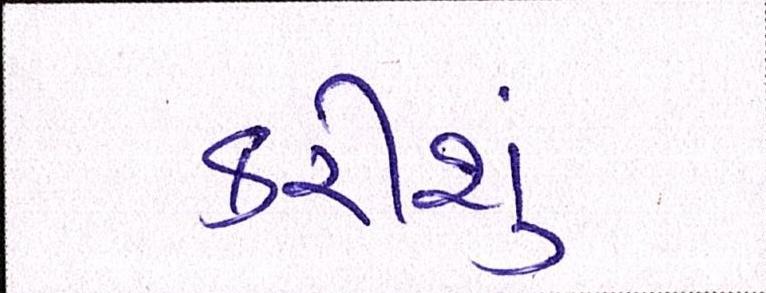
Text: કરીશું